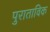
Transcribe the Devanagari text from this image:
पुराताविक